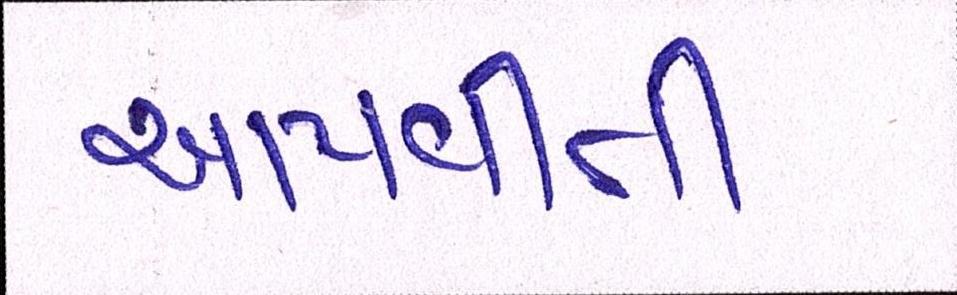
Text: આપવીતી